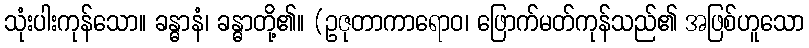
သုံးပါးကုန်သော။ ခန္ဓာနံ၊ ခန္ဓာတို့၏။ (ဥဇုတာကာရောဝ၊ ဖြောက်မတ်ကုန်သည်၏ အဖြစ်ဟူသော